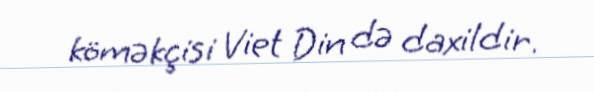
köməkçisi Viet Din də daxildir.